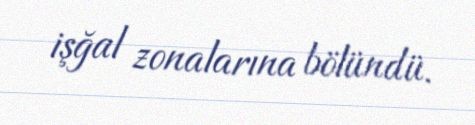
işğal zonalarına bölündü.